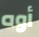
أوه